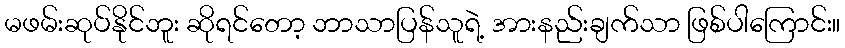
မဖမ်းဆုပ်နိုင်ဘူး ဆိုရင်တော့ ဘာသာပြန်သူရဲ့ အားနည်းချက်သာ ဖြစ်ပါကြောင်း။